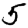
Digit: 5